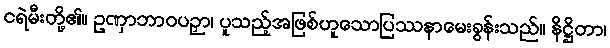
ငရဲမီးတို့၏။ ဥဏှာဘာဝပဉှာ၊ ပူသည့်အဖြစ်ဟူသောပြဿနာမေးခွန်းသည်။ နိဋ္ဌိတာ၊